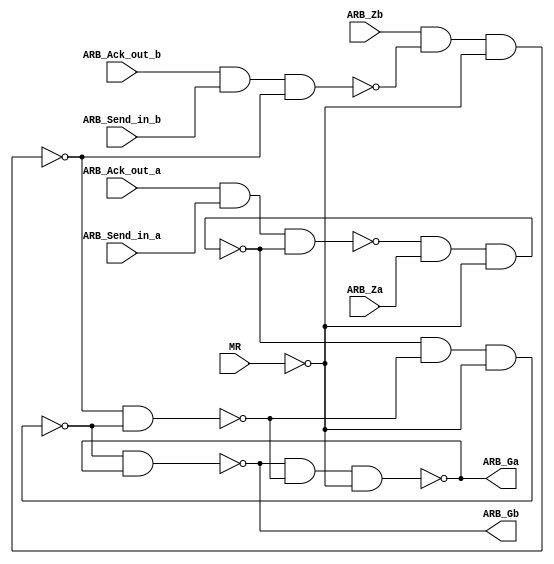
module ARB(
    input ARB_Send_in_a, ARB_Ack_out_a, ARB_Send_in_b, ARB_Ack_out_b, ARB_Za, ARB_Zb, MR,
    output ARB_Ga, ARB_Gb
);
wire nand1_out, nand2_out, nand3_out, nand4_out, nand5_out, nand6_out, nand7_out, nand8_out;

assign nand1_out = ~(ARB_Ack_out_a & ARB_Send_in_a & nand2_out);
assign nand2_out = ~(nand1_out & ARB_Za & ~MR);

assign nand3_out = ~(ARB_Zb & nand4_out & ~MR);
assign nand4_out = ~(ARB_Ack_out_b & ARB_Send_in_b & nand3_out);

assign nand5_out = ~(nand2_out & nand6_out & ~MR);
assign nand6_out = ~(nand3_out & nand5_out);

assign nand7_out = ~(nand5_out & nand8_out);
assign nand8_out = ~(nand7_out & nand6_out & ~MR);

assign ARB_Ga = nand8_out;
assign ARB_Gb = nand7_out;
endmodule